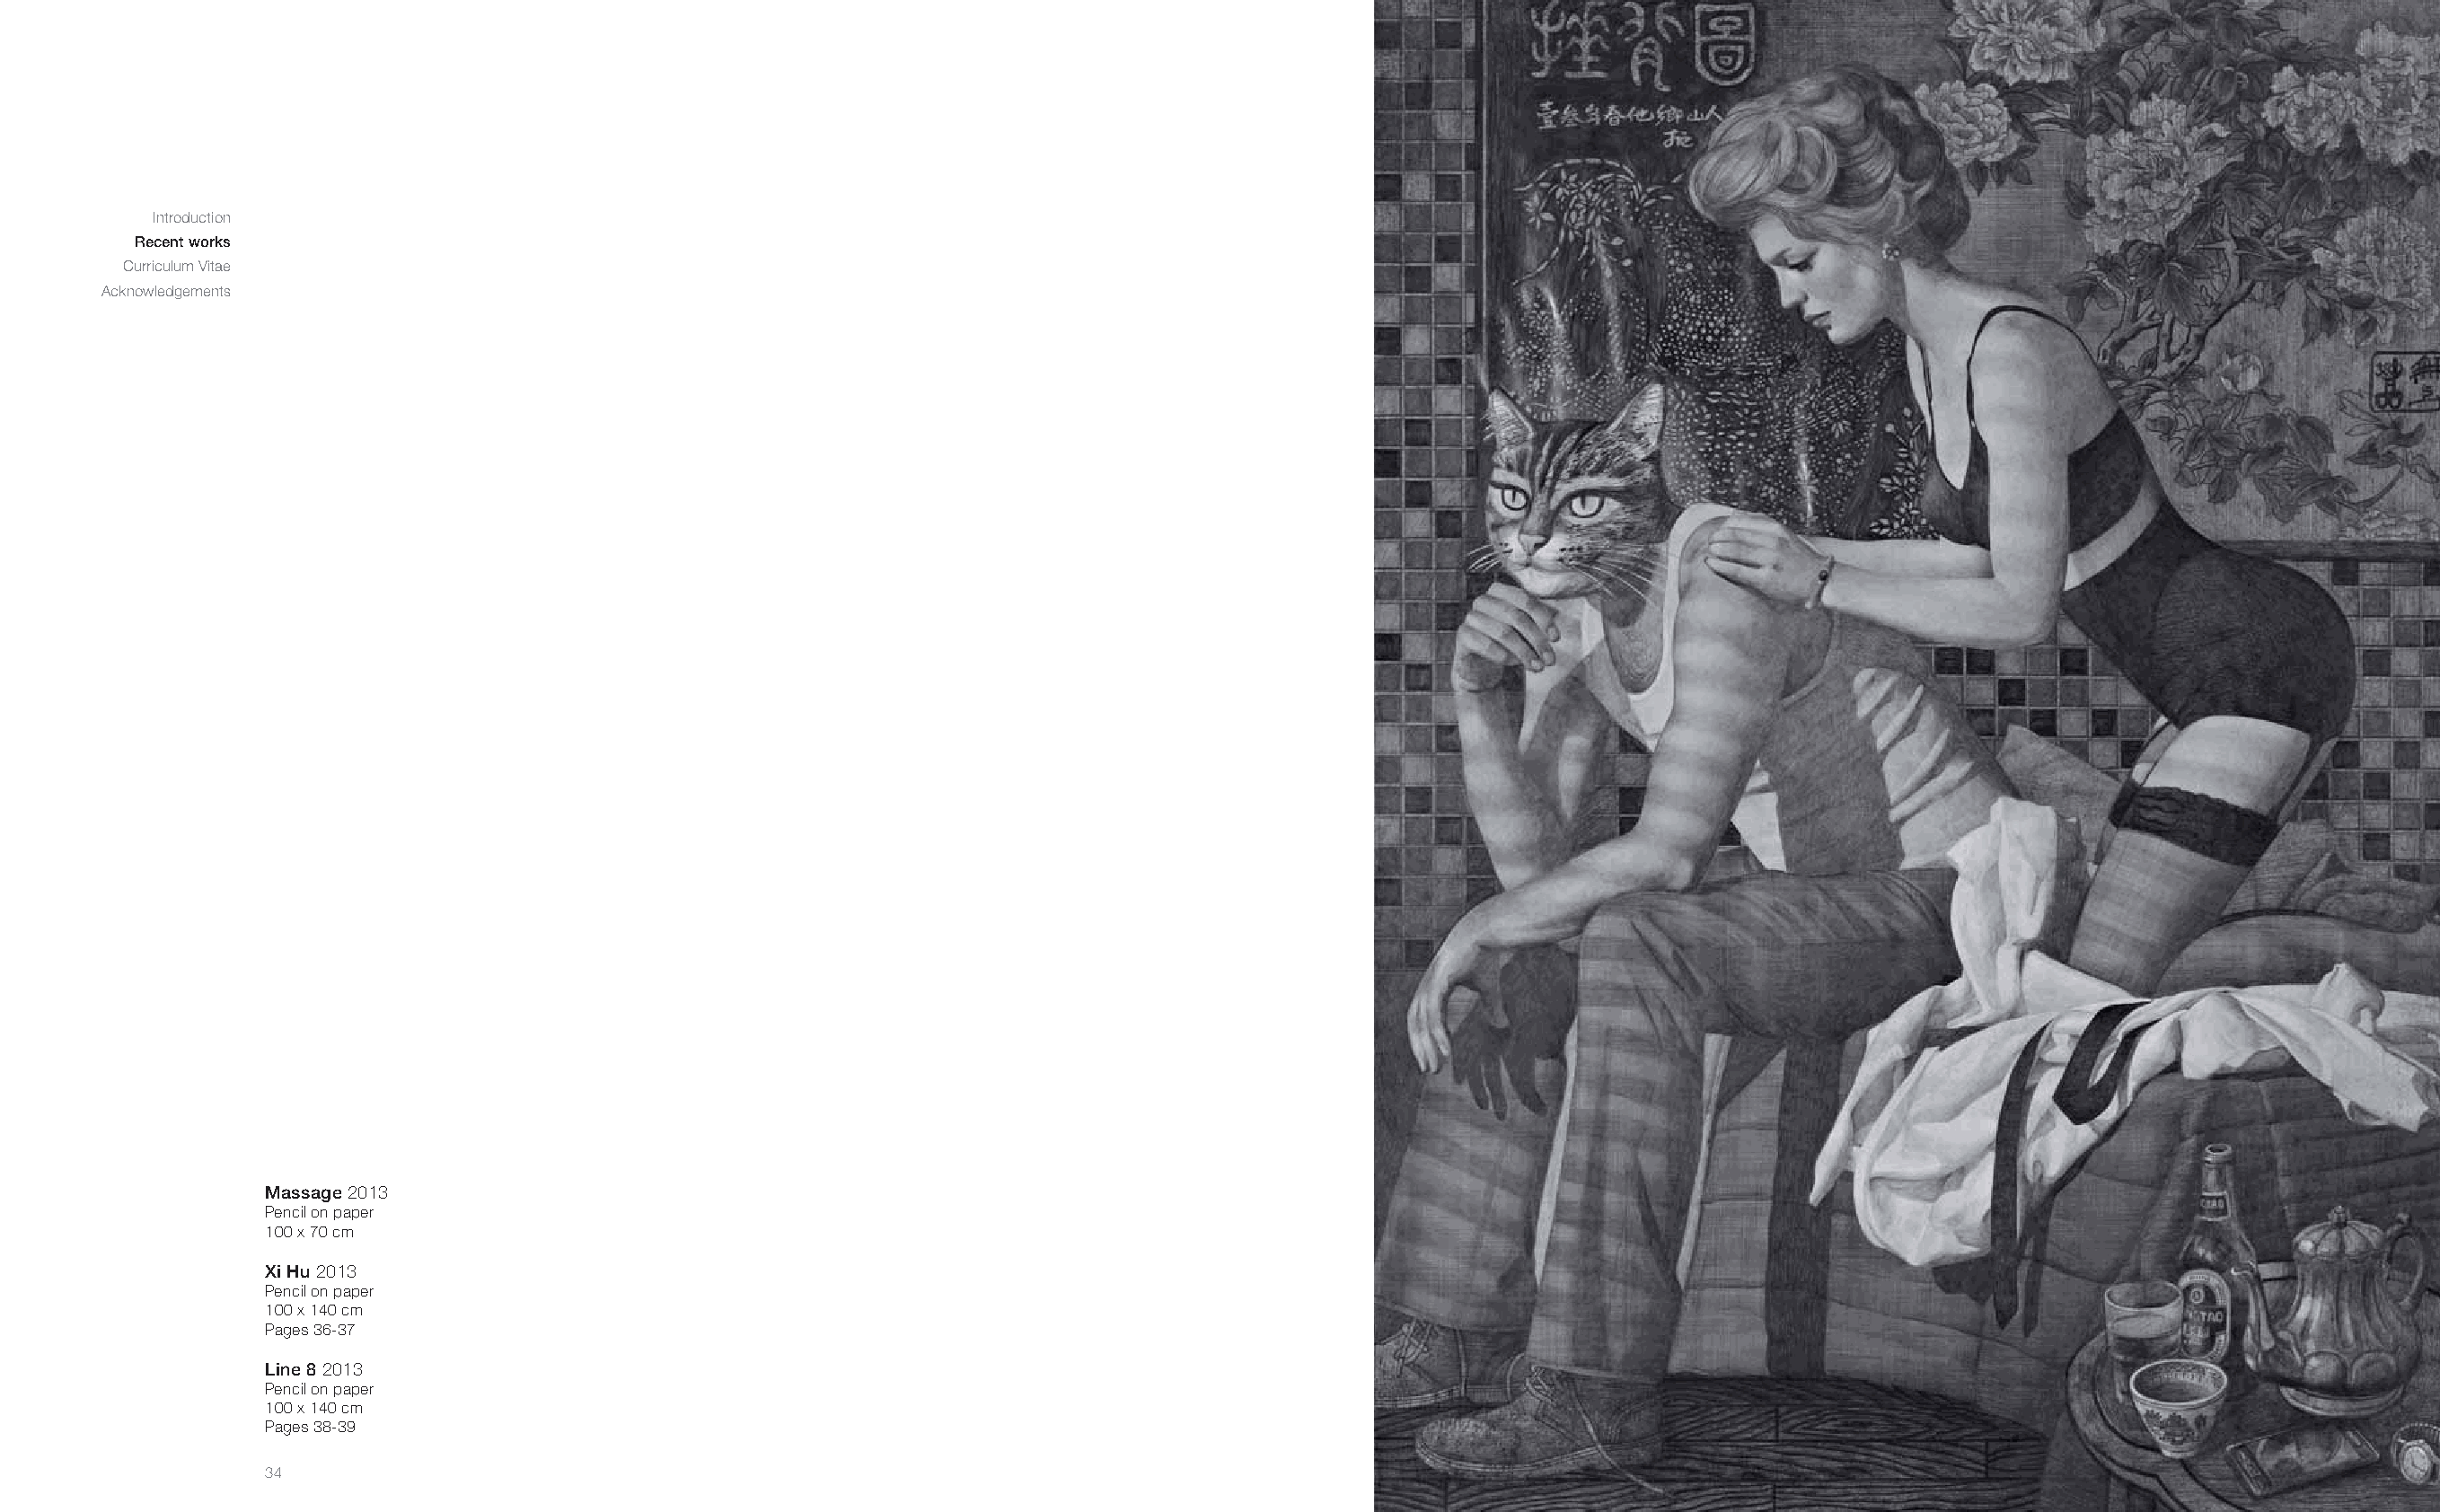
Introduction
 Recent works
 Curriculum Vitae
 Acknowledgements
 Massage 2013
 Pencil on paper
 100 x 70 cm
 Xi Hu 2013
 Pencil on paper
 100 x 140 cm
 Pages 36-37
 Line 8 2013
 Pencil on paper
 100 x 140 cm
 Pages 38-39
 34                                                                                                                                                       35